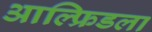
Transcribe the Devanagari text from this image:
आल्फ्रिडला